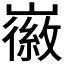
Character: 𫶛